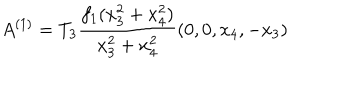
LaTeX: A ^ { ( 1 ) } = T _ { 3 } \frac { f _ { 1 } ( x _ { 3 } ^ { 2 } + x _ { 4 } ^ { 2 } ) } { x _ { 3 } ^ { 2 } + x _ { 4 } ^ { 2 } } ( 0 , 0 , x _ { 4 } , - x _ { 3 } )